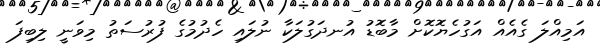
އަމިއްލަ ގެއެއް އަގުހެޔޮކޮށް މާބޮޑު އުނދަގުލަކާ ނުލައި ހެދުމުގެ ފުރުސަތު މިވަނީ ލިބިފަ